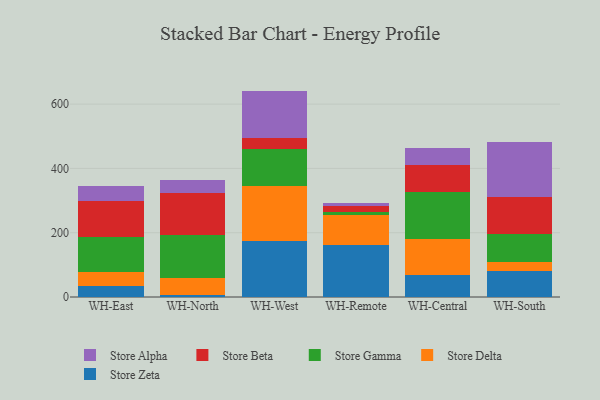
{"axis": {"x": "Warehouse", "y": "Website Visitors"}, "legend": ["Store Alpha", "Store Beta", "Store Delta", "Store Gamma", "Store Zeta"], "data": [{"x": "WH-East", "y": 34.5, "type": "Store Zeta"}, {"x": "WH-East", "y": 44.6, "type": "Store Delta"}, {"x": "WH-East", "y": 108.8, "type": "Store Gamma"}, {"x": "WH-East", "y": 110.8, "type": "Store Beta"}, {"x": "WH-East", "y": 45.8, "type": "Store Alpha"}, {"x": "WH-North", "y": 5.6, "type": "Store Zeta"}, {"x": "WH-North", "y": 52.6, "type": "Store Delta"}, {"x": "WH-North", "y": 133.7, "type": "Store Gamma"}, {"x": "WH-North", "y": 132.7, "type": "Store Beta"}, {"x": "WH-North", "y": 39.5, "type": "Store Alpha"}, {"x": "WH-West", "y": 175.0, "type": "Store Zeta"}, {"x": "WH-West", "y": 168.9, "type": "Store Delta"}, {"x": "WH-West", "y": 116.9, "type": "Store Gamma"}, {"x": "WH-West", "y": 32.3, "type": "Store Beta"}, {"x": "WH-West", "y": 148.2, "type": "Store Alpha"}, {"x": "WH-Remote", "y": 161.0, "type": "Store Zeta"}, {"x": "WH-Remote", "y": 92.9, "type": "Store Delta"}, {"x": "WH-Remote", "y": 11.4, "type": "Store Gamma"}, {"x": "WH-Remote", "y": 19.3, "type": "Store Beta"}, {"x": "WH-Remote", "y": 8.9, "type": "Store Alpha"}, {"x": "WH-Central", "y": 68.4, "type": "Store Zeta"}, {"x": "WH-Central", "y": 112.9, "type": "Store Delta"}, {"x": "WH-Central", "y": 144.2, "type": "Store Gamma"}, {"x": "WH-Central", "y": 85.1, "type": "Store Beta"}, {"x": "WH-Central", "y": 53.4, "type": "Store Alpha"}, {"x": "WH-South", "y": 80.9, "type": "Store Zeta"}, {"x": "WH-South", "y": 29.5, "type": "Store Delta"}, {"x": "WH-South", "y": 85.2, "type": "Store Gamma"}, {"x": "WH-South", "y": 115.2, "type": "Store Beta"}, {"x": "WH-South", "y": 170.0, "type": "Store Alpha"}]}